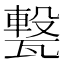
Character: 𤮈